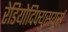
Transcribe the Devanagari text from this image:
रेडियोदिफ्युसयूर्स